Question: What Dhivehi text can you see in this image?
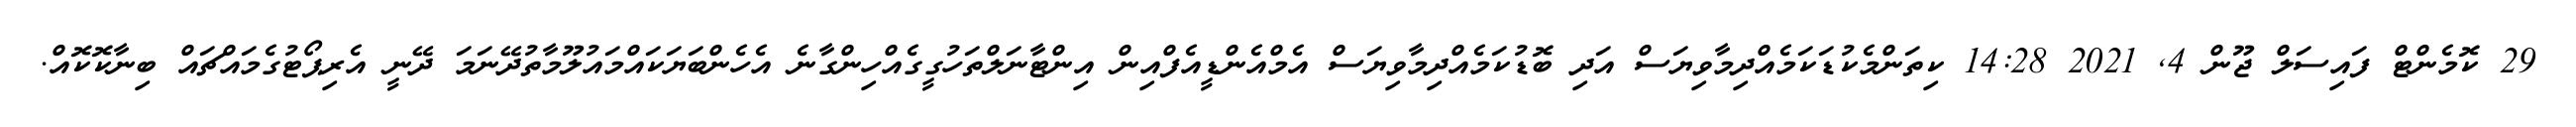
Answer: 29 ކޮމެންޓް ފައިސަލް ޖޫން 4, 2021 14:28 ކިތަންމެކުޑަކަމެއްދިމާވިޔަސް އަދި ބޮޑުކަމެއްދިމާވިޔަސް އެމްއެންޑީއެފްއިން އިންޓާނަލްތަހުގީގެއްހިންގާނެ އެހެންބަޔަކައްމައުލޫމާތުދޭނަމަ ދޭނީ އެރިޕޯޓުގެމައްޗައް ބިނާކޮކޮއް.